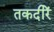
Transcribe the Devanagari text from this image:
तकदीरें